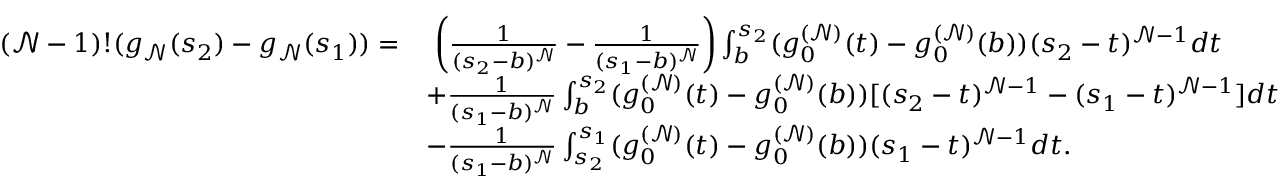
\begin{array} { r l } { ( \mathcal { N } - 1 ) ! ( g _ { \mathcal { N } } ( s _ { 2 } ) - g _ { \mathcal { N } } ( s _ { 1 } ) ) = } & { \; \bigg ( \frac { 1 } { ( s _ { 2 } - b ) ^ { \mathcal { N } } } - \frac { 1 } { ( s _ { 1 } - b ) ^ { \mathcal { N } } } \bigg ) \int _ { b } ^ { s _ { 2 } } ( g _ { 0 } ^ { ( \mathcal { N } ) } ( t ) - g _ { 0 } ^ { ( \mathcal { N } ) } ( b ) ) ( s _ { 2 } - t ) ^ { \mathcal { N } - 1 } d t } \\ & { + \frac { 1 } { ( s _ { 1 } - b ) ^ { \mathcal { N } } } \int _ { b } ^ { s _ { 2 } } ( g _ { 0 } ^ { ( \mathcal { N } ) } ( t ) - g _ { 0 } ^ { ( \mathcal { N } ) } ( b ) ) [ ( s _ { 2 } - t ) ^ { \mathcal { N } - 1 } - ( s _ { 1 } - t ) ^ { \mathcal { N } - 1 } ] d t } \\ & { - \frac { 1 } { ( s _ { 1 } - b ) ^ { \mathcal { N } } } \int _ { s _ { 2 } } ^ { s _ { 1 } } ( g _ { 0 } ^ { ( \mathcal { N } ) } ( t ) - g _ { 0 } ^ { ( \mathcal { N } ) } ( b ) ) ( s _ { 1 } - t ) ^ { \mathcal { N } - 1 } d t . } \end{array}